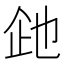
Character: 𬾍